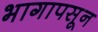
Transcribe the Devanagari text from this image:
भागापसून